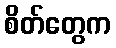
စိတ်တွေက